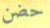
حضن